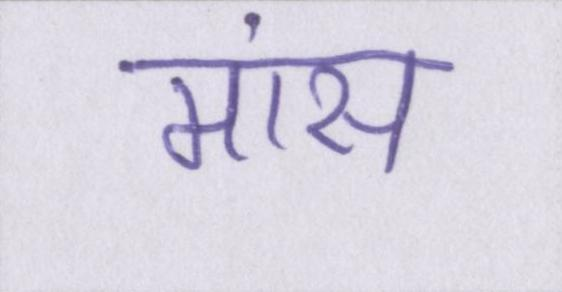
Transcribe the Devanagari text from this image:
मांस